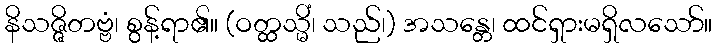
နိသဇ္ဇိတဗ္ဗံ၊ စွန့်ရာ၏။ (ဝတ္ထသ္မိံ၊ သည်၊) အသန္တေ၊ ထင်ရှားမရှိလသော်။